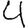
Digit: 4